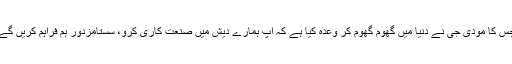
جس کا مودی جی نے دنیا میں گھوم گھوم کر وعدہ کیا ہے کہ آپ ہمارے دیش میں صنعت کاری کرو، سستامزدور ہم فراہم کریں گے۔